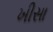
ખીસા